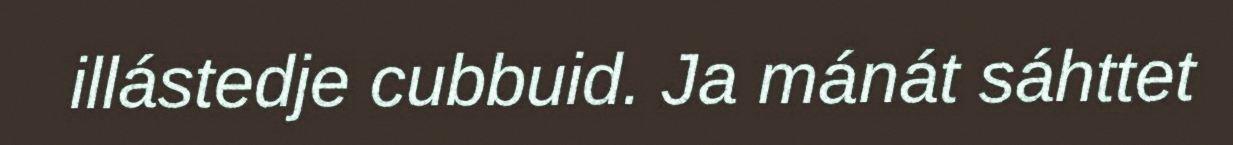
illástedje cubbuid. Ja mánát sáhttet